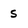
Character: S